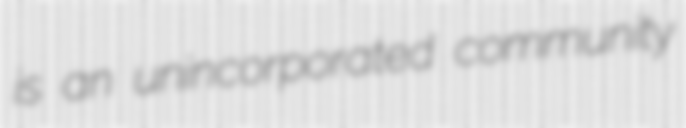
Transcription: is an unincorporated community